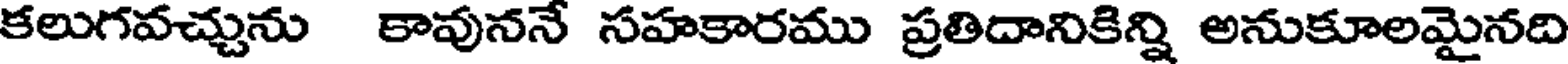
కలుగవచ్చును కావుననే సహకారము ప్రతిదానికిన్ని అనుకూలమైనది